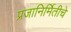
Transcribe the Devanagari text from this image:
प्रजानिर्मितीचे